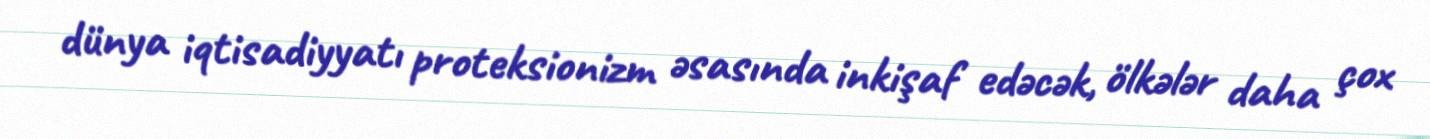
dünya iqtisadiyyatı proteksionizm əsasında inkişaf edəcək, ölkələr daha çox